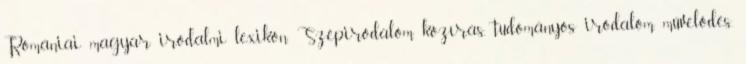
Romániai magyar irodalmi lexikon. Szépirodalom, közírás, tudományos irodalom, művelődés.